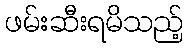
ဖမ်းဆီးရမိသည့်